Riigikantselei, lk 51
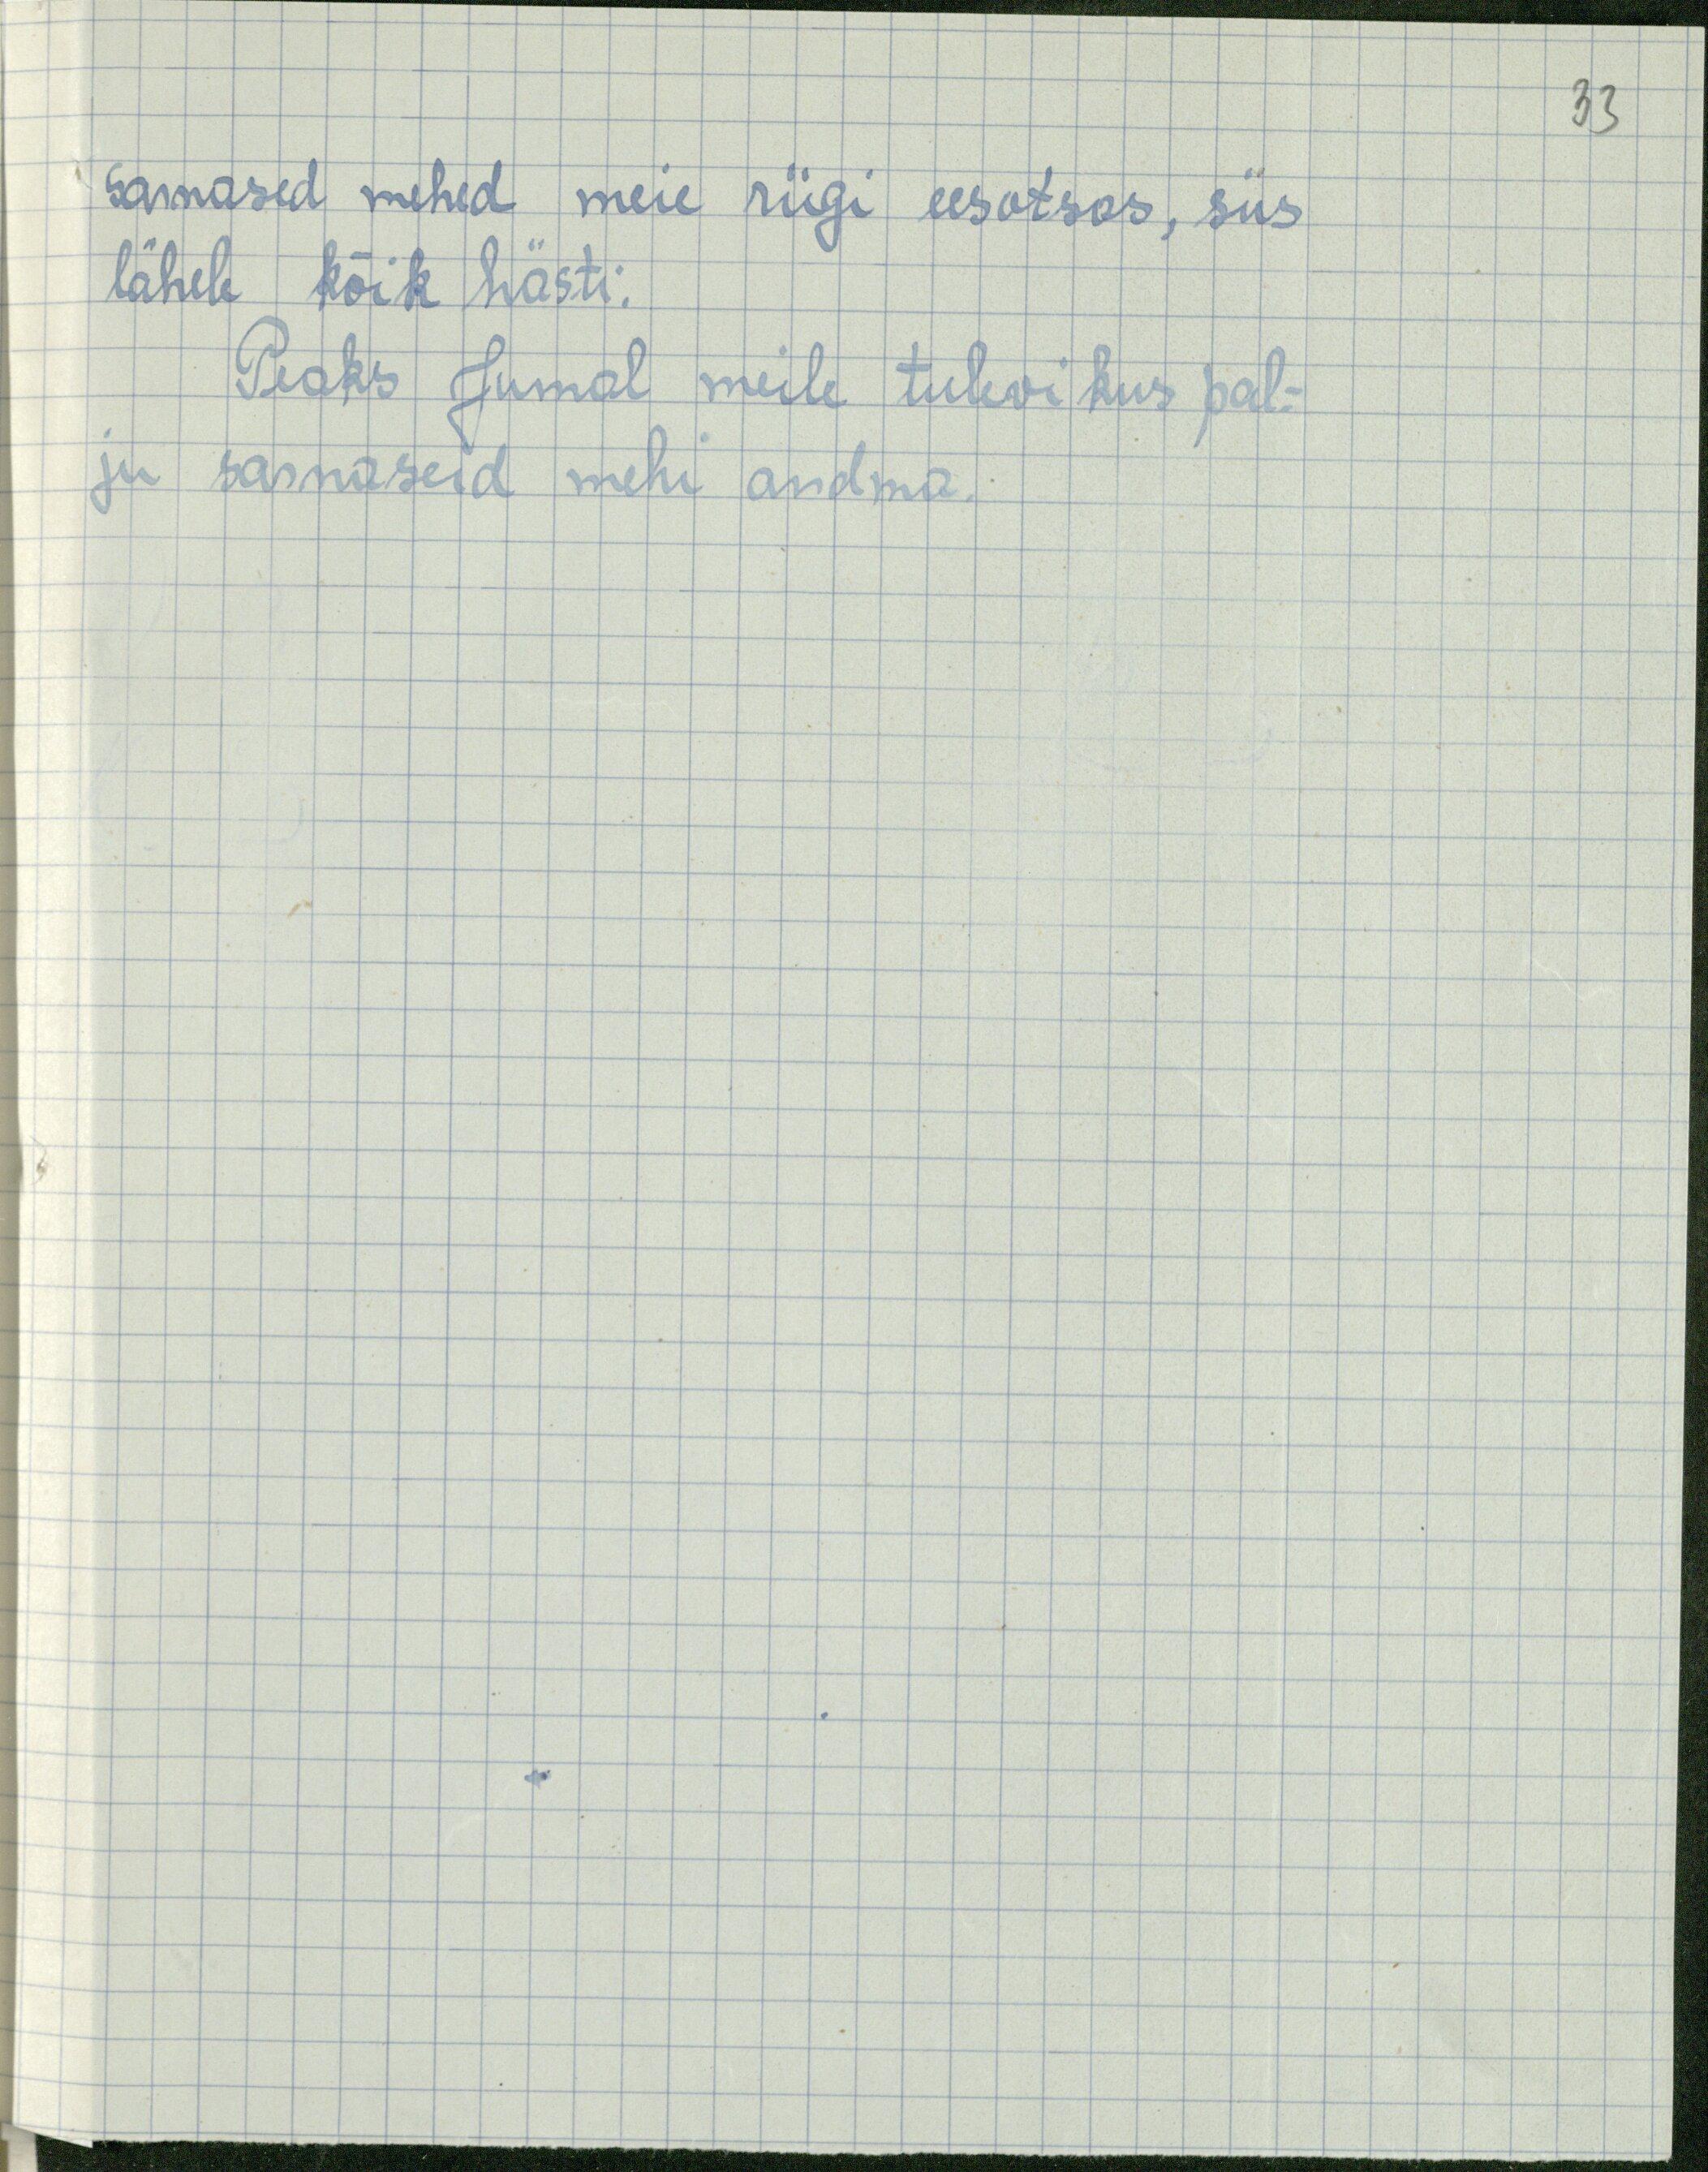
33

sarnased mehed meie riigi eesotsas, siis
läheb kõik hästi.
Peaks Jumal meile tulevikus pal-
ju sarnaseid mehi andma.